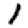
Digit: 1